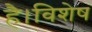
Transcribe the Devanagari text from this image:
है।विशेष